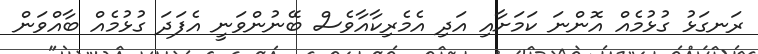
ރަނގަޅު ގުޅުމެއް އޮންނަ ކަމަށާއި އަދި އެމެރިކާއާވެސް ބޭނުންވަނީ އެފަދަ ގުޅުމެއް ބާއްވަން